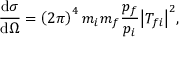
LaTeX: { \frac { \mathrm { d } \sigma } { \mathrm { d } \Omega } } = \left( 2 \pi \right) ^ { 4 } m _ { i } m _ { f } { \frac { p _ { f } } { p _ { i } } } { \bigl | } T _ { f i } { \bigr | } ^ { 2 } ,